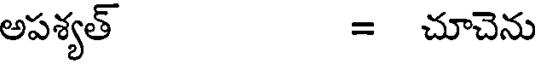
అపశ్యత్ = చూచెను